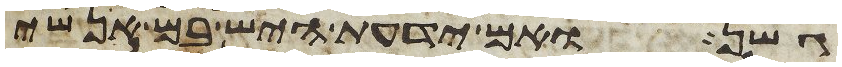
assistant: גשן ואם ידעת היש בם אנשי